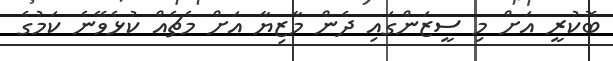
ބޮކުރީ އަށް މި ސީޒަންގައި ދެން މާޒިޔާ އަށް މެޗެއް ކުޅެވޭނެ ކަމުގެ